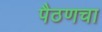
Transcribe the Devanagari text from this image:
पैठणचा